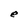
Character: e